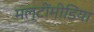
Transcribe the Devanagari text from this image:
मल्टींमीडिया